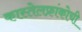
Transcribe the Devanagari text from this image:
कास्तेलफ्रांकोची